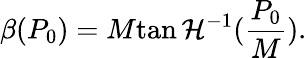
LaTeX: \beta(P_{0})=M\operatorname{tan\mathcal{H}}^{-1}(\frac{{P_{0}}}{{M}}).